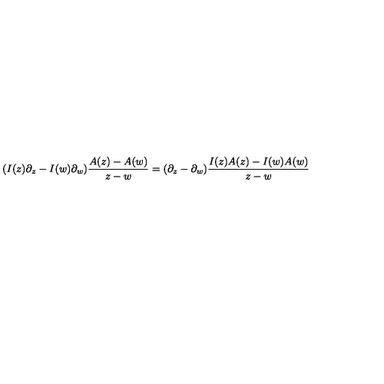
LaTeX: ( I ( z ) \partial _ { z } - I ( w ) \partial _ { w } ) \frac { A ( z ) - A ( w ) } { z - w } = ( \partial _ { z } - \partial _ { w } ) \frac { I ( z ) A ( z ) - I ( w ) A ( w ) } { z - w }